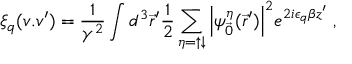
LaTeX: \xi _ { q } ( v . v ^ { \prime } ) = \frac { 1 } { \gamma ^ { 2 } } \int d ^ { 3 } { \vec { r } } ^ { \prime } \frac { 1 } { 2 } \sum _ { \eta = \uparrow \downarrow } { \left\vert \psi _ { \vec { 0 } } ^ { \eta } ( { \vec { r } } ^ { \prime } ) \right\vert } ^ { 2 } e ^ { 2 i \epsilon _ { q } \beta z ^ { \prime } } \; ,